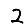
Digit: 2